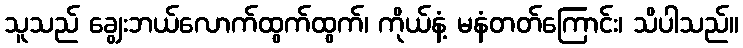
သူသည် ချွေးဘယ်လောက်ထွက်ထွက်၊ ကိုယ်နံ့ မနံတတ်ကြောင်း၊ သိပါသည်။